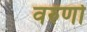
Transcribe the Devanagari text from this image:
वरुणो